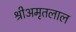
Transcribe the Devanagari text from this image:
श्रीअमृतलाल